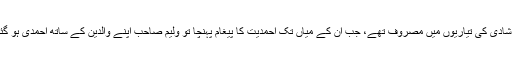
ان کی شادی ہونے والی تھی اور وہ اپنی شادی کی تیاریوں میں مصروف تھے، جب ان کے میاں تک احمدیت کا پیغام پہنچا تو ولیم صاحب اپنے والدین کے ساتھ احمدی ہو گئے اور انہوں نے اپنا نام احمد شہید رکھا۔